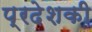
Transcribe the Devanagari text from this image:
प्रदेशकी